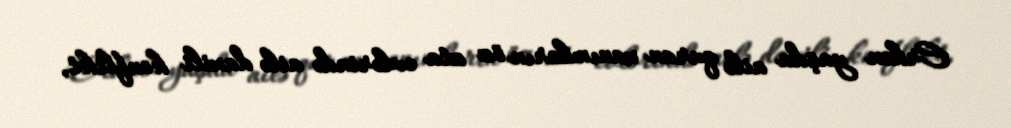
Erkən yaşda ailə quran xanımların öz ata evlərində ailə daxili konflikt,